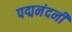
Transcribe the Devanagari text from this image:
पद्मनंदनी